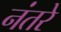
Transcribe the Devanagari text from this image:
नंतरे